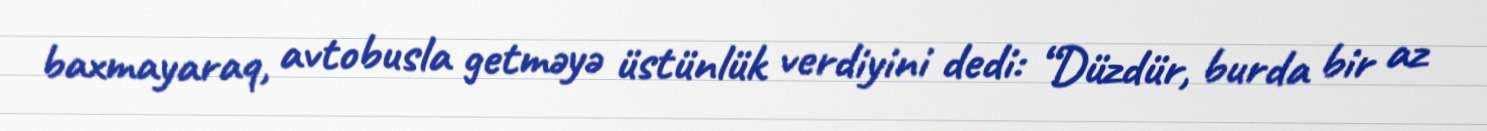
baxmayaraq, avtobusla getməyə üstünlük verdiyini dedi: “Düzdür, burda bir az